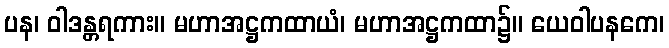
ပန၊ ဝါဒန္တရကား။ မဟာအဋ္ဌကထာယံ၊ မဟာအဋ္ဌကထာ၌။ ယေဝါပနကေ၊